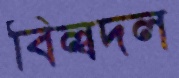
বিল্বদল